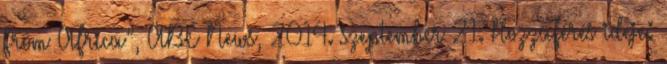
From Africa”, ABC News, 2014. szeptember 21. Hozzáférés ideje: